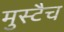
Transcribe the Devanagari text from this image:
मुस्टैच